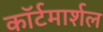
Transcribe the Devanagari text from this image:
काॅर्टमार्शल